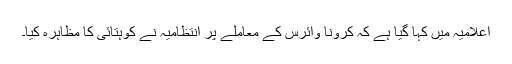
اعلامیہ میں کہا گیا ہے کہ کرونا وائرس کے معاملے پر انتظامیہ نے کوہتائی کا مظاہرہ کیا۔